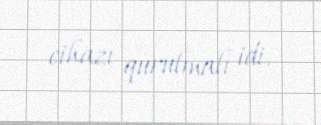
cihazı qurulmalı idi.